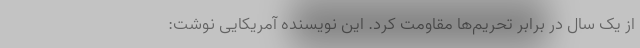
از یک سال در برابر تحریم‌ها مقاومت کرد. این نویسنده آمریکایی نوشت: